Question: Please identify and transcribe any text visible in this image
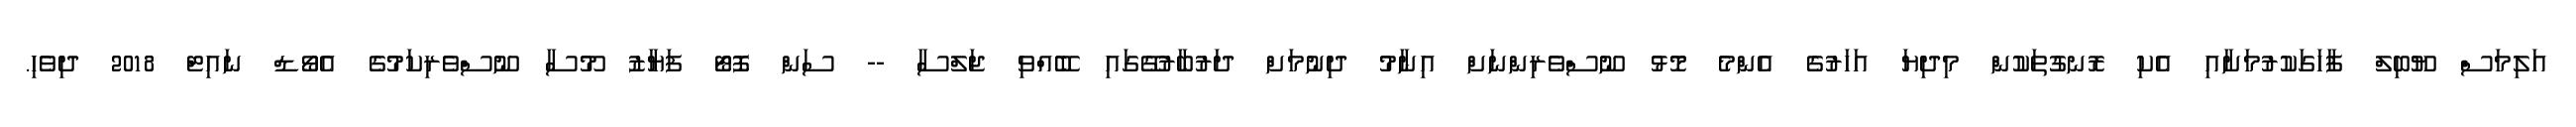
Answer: އަލިމަސް ޔޫބިލް ފާހަގަކުރުމަށާއި އެކި ރޮނގުތަކުން މިދިޔަ އަހަރުގެ އެންމެ މޮޅު ނޫސްވެރިންނަށް އިނާމު ދިނުމަށް ދަރުބާރުގޭގައި ބޭއްވި ޖަލްސާ -- ސަން ފޮޓޯ ފަޔާޒު މޫސާ ނޫސްވެރިކަމުގެ އެވޯޑް ނައިޓް 2018 ދިވެހި.